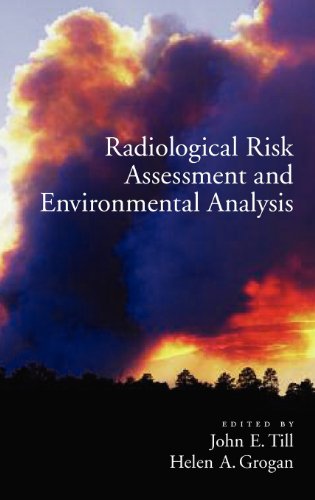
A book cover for Radiological Risk Assessment and Environmental Analysis; Science & Math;